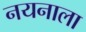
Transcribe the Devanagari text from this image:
नयनाला